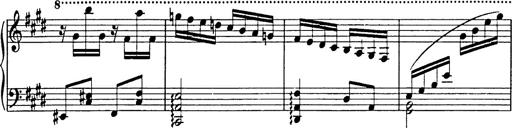
Title: 8 Variations
Composer: Franz Liszt
Key: A-flat major